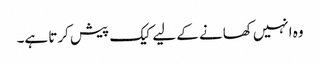
وہ انہیں کھانے کے لیے کیک پیش کرتا ہے۔